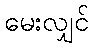
မေးလျှင်